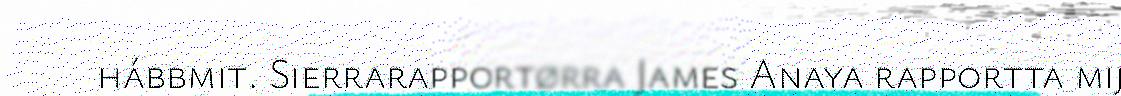
hábbmit. Sierrarapportørra James Anaya rapportta mij